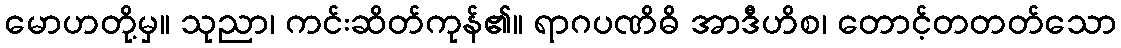
မောဟတို့မှ။ သုညာ၊ ကင်းဆိတ်ကုန်၏။ ရာဂပဏိဓိ အာဒီဟိစ၊ တောင့်တတတ်သော